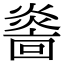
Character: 𤎭